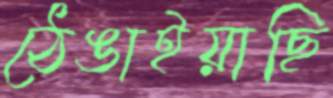
ঠেঙাইয়াছি